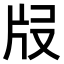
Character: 𤖰